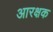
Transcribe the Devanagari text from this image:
आरक्षक